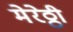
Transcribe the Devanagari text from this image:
मेरेठ्ठी